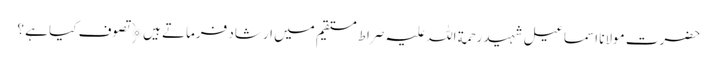
حضرت مولانا اسماعیل شہید رحمة اللہ علیہ صراط مستقیم میں ارشاد فرماتے ہیں﴿ تصوف کیا ہے ؟